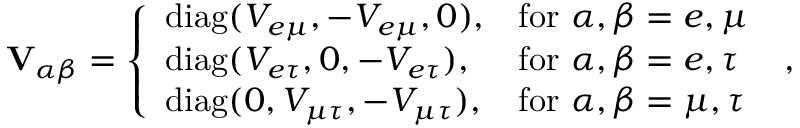
\mathbf { V } _ { \alpha \beta } = \left\{ \begin{array} { l l } { \mathrm { d i a g } ( V _ { e \mu } , - V _ { e \mu } , 0 ) , } & { \mathrm { f o r } ~ \alpha , \beta = e , \mu } \\ { \mathrm { d i a g } ( V _ { e \tau } , 0 , - V _ { e \tau } ) , } & { \mathrm { f o r } ~ \alpha , \beta = e , \tau } \\ { \mathrm { d i a g } ( 0 , V _ { \mu \tau } , - V _ { \mu \tau } ) , } & { \mathrm { f o r } ~ \alpha , \beta = \mu , \tau } \end{array} \right. \; ,